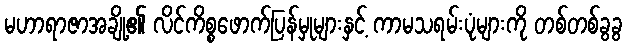
မဟာရာဇာအချို့၏ လိင်ကိစ္စဖောက်ပြန်မှုများနှင့် ကာမသရမ်းပုံများကို တစ်တစ်ခွခွ